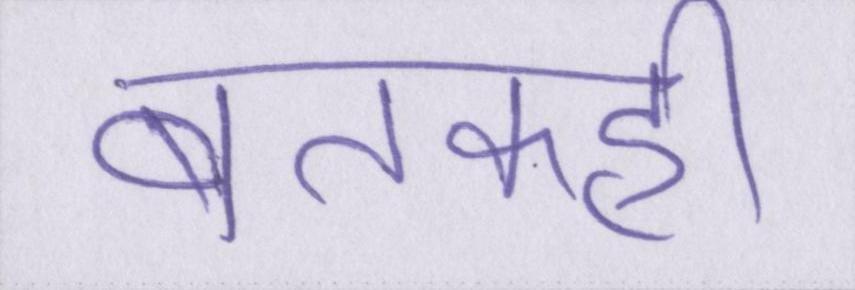
बतकही